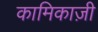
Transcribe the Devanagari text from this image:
कामिकाज़ी